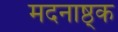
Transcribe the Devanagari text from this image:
मदनाष्ठ्क